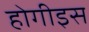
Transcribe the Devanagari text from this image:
होगीइस